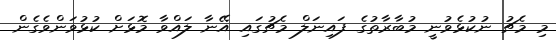
މި މެޗު ނުކުޅެވުނީ މުބާރާތުގެ ފައިނަލް މެޗުގައި އޭނާ ލައްވާ މޮޅަށް ކުޅުވަންވެގެން